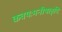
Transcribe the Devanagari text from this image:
कवयःमनीषाहृदि